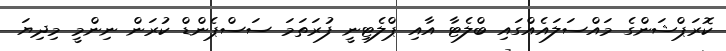
ކޮރަޕްޝަންގެ މައްސަލައެއްގައި ބްލެޓާ އާއި ޕްލެޓިނީ ފުރަތަމަ ސަސްޕެންޑް ކުރަން ނިންމީ މިދިޔަ